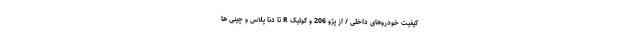
کیفیت خودروهای داخلی / از پژو 206 و کوئیک R تا دنا پلاس و چینی ها